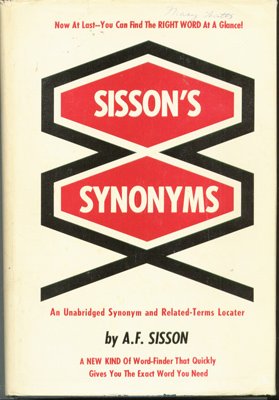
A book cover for Sisson's Synonyms: An Unabridged Synonym and Related-Terms Locater; Albert Franklin Sisson; Reference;